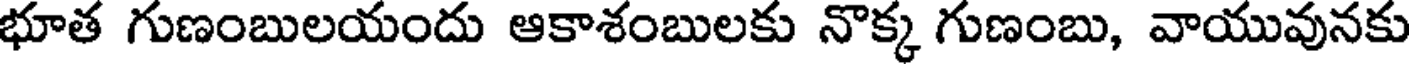
భూత గుణంబులయందు ఆకాశంబులకు నొక్క గుణంబు, వాయువునకు